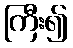
ကြီး၍